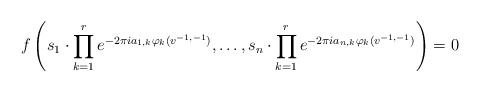
\begin{align*} f \left( s_1 \cdot \prod_{k=1}^r e^{-2 \pi i a_{1,k} \varphi_k(v^{-1,-1})}, \dotsc,s_n \cdot \prod_{k=1}^r e^{-2 \pi i a_{n,k} \varphi_k(v^{-1,-1})} \right) = 0\end{align*}